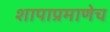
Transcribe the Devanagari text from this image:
शापाप्रमाणेच